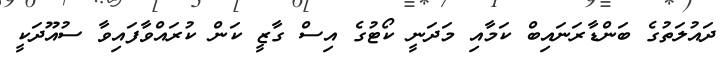
ދައުލަތުގެ ބަންޑާރަނައިބް ކަމާއި މަދަނީ ކޯޓުގެ އިސް ގާޒީ ކަން ކުރައްވާފައިވާ ސުއޫދަކީ